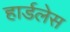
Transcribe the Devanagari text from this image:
हार्डलेस